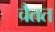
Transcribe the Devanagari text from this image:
चैतत